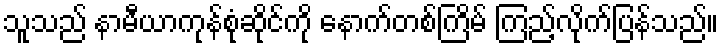
သူသည် နာမီယာကုန်စုံဆိုင်ကို နောက်တစ်ကြိမ် ကြည့်လိုက်ပြန်သည်။